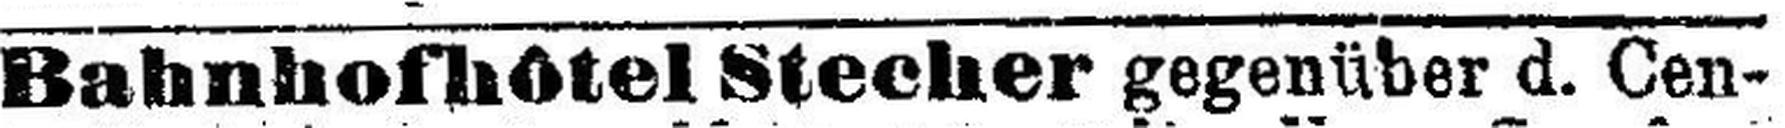
Bahnhofhôtel Stecher gegenüber d. Cen¬